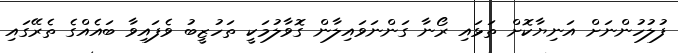
ފުލުހުންނަށް އަނިޔާކޮށް ތަޅައި ރޯނާ ގަންނަވައިލާން ގޮވާލުމަކީ ތަހުޒީބު ވެފައިވާ ބައެއްގެ ތެރޭގައި